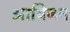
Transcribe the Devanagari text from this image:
आयिजन